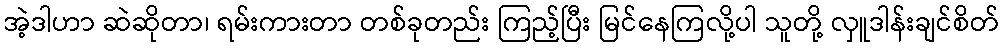
အဲ့ဒါဟာ ဆဲဆိုတာ၊ ရမ်းကားတာ တစ်ခုတည်း ကြည့်ပြီး မြင်နေကြလို့ပါ သူတို့ လှူဒါန်းချင်စိတ်